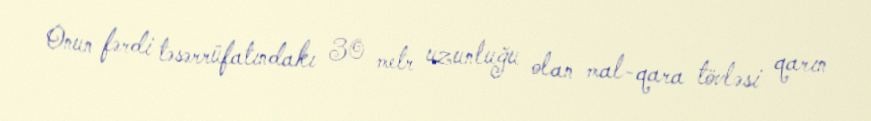
Onun fərdi təsərrüfatındakı 30 metr uzunluğu olan mal-qara tövləsi qarın